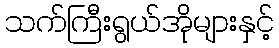
သက်ကြီးရွယ်အိုများနှင့်